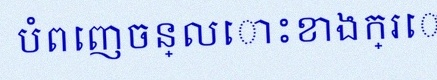
បំពេញចន្លោះខាងក្រោម